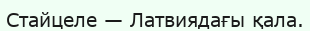
Стайцеле — Латвиядағы қала.